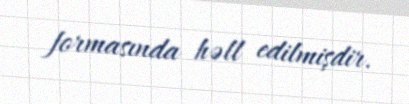
formasında həll edilmişdir.